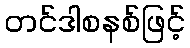
တင်ဒါစနစ်ဖြင့်